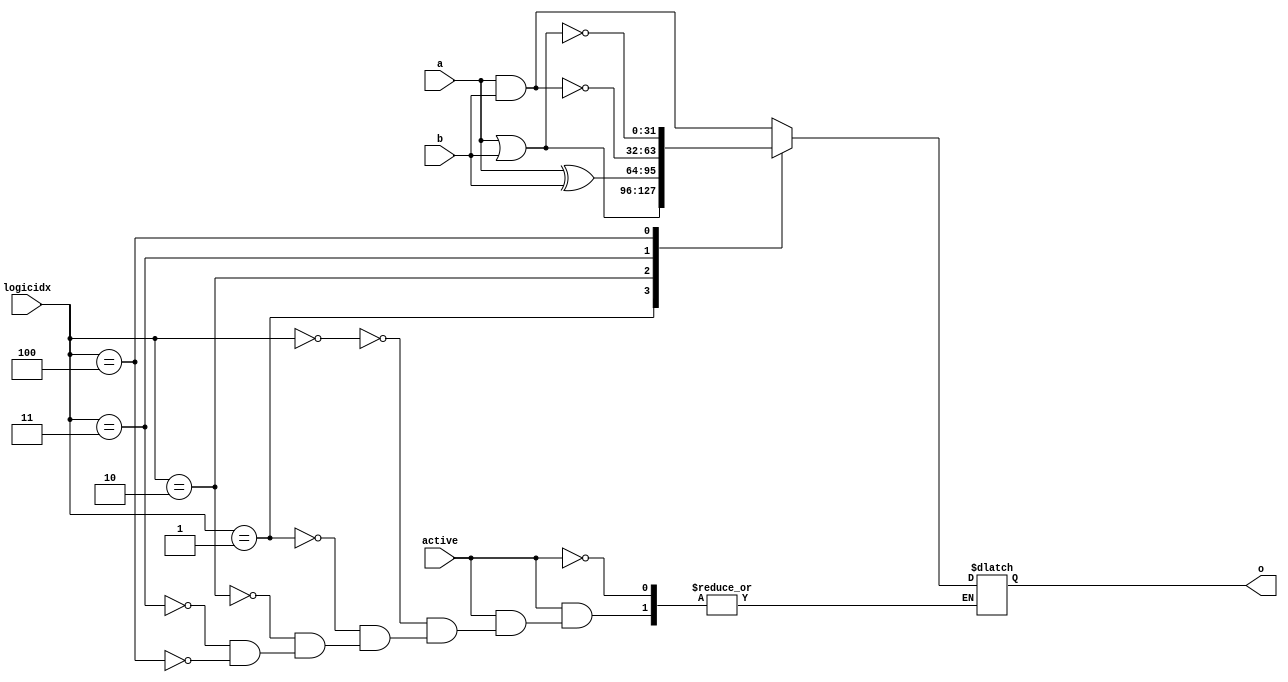
`ifndef LOGICFUNCTIONS
`define LOGICFUNCTIONS
module logicfunctions(
	input [31:0] a, b,
	input [2:0] logicidx,
	input active,
	output reg[31:0] o
);
	always @(*) begin
		if(active) begin
			case(logicidx)
				3'b000: begin
					$display("and logic");
					o = a & b;
				end	
				3'b001: begin
					$display("or logic");
					o = a | b;
				end
				3'b010: begin
					$display("xor logic");
					o = a ^ b;
				end
				3'b011: begin
					$display("nand logic");
					o = ~(a & b);
				end
				3'b100: begin
					$display("nor logic");
					o = ~(a | b);
				end
			endcase
		end
	end
endmodule
`endif